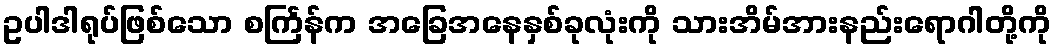
ဥပါဒါရုပ်ဖြစ်သော စင်္ကြန်က အခြေအနေနှစ်ခုလုံးကို သားအိမ်အားနည်းရောဂါတို့ကို